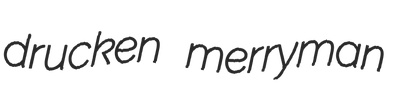
drucken merryman